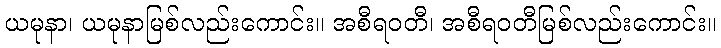
ယမုနာ၊ ယမုနာမြစ်လည်းကောင်း။ အစီရဝတီ၊ အစီရဝတီမြစ်လည်းကောင်း။